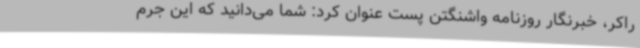
راکر، خبرنگار روزنامه واشنگتن پست عنوان کرد: شما می‌دانید که این جرم